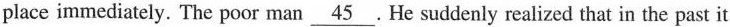
place immediately. The poor man \underline{45} .He suddenly realized that in the past it